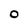
Character: 0